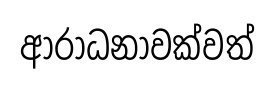
ආරාධනාවක්වත්